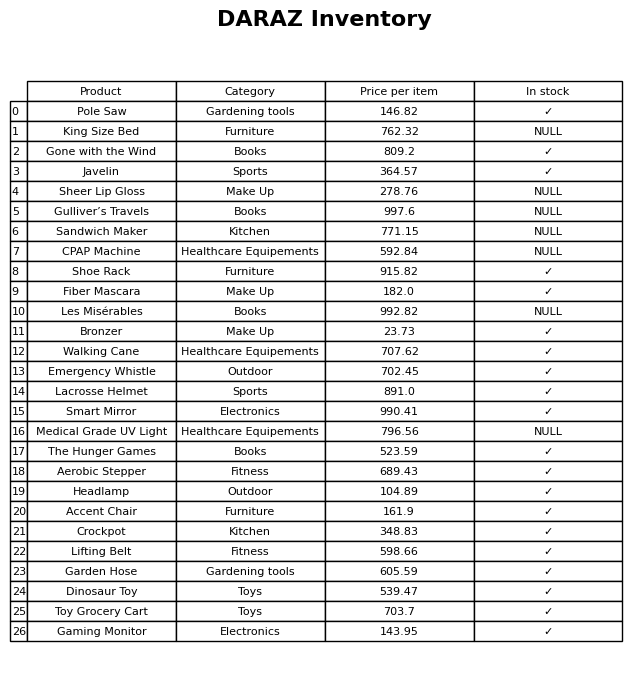
question: What is the price of the Walking Cane?
answer: The price of Walking Cane is 707.62.